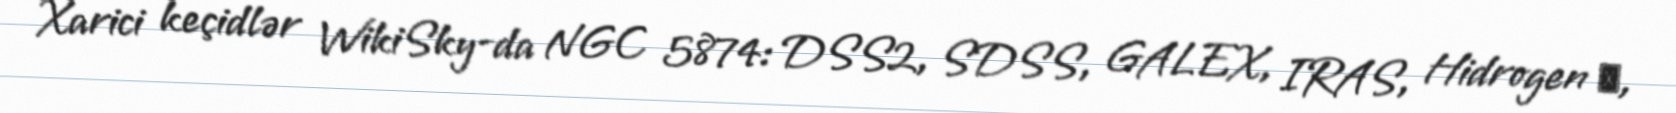
Xarici keçidlər WikiSky-da NGC 5874: DSS2, SDSS, GALEX, IRAS, Hidrogen α,